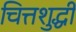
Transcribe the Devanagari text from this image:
चित्तशुद्धी